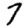
Digit: 7